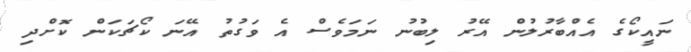
ނައީކޯގެ އެއްބާރުލުން އޭރު ލިބުނު ނަމަވެސް އެ ވަގުތު އޭނަ ކޯޗަކަން ކޮށްދި